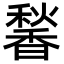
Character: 𬳠